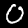
Digit: 0